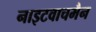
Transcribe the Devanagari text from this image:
नाइटवाचमैन